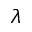
\lambda